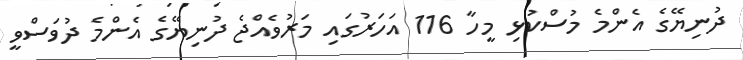
ދުނިޔޭގެ އެންމެ މުސްކުޅި މީހާ 116 އަހަރުގައި މަރުވެއްޖެ ދުނިޔޭގެ އެންމެ ދުވަސްވީ